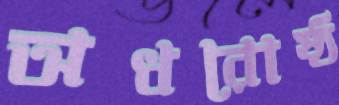
অধরোষ্ঠ